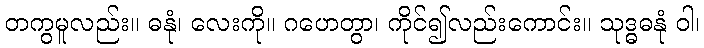
တကွမူလည်း။ ဓနုံ၊ လေးကို။ ဂဟေတွာ၊ ကိုင်၍လည်းကောင်း။ သုဒ္ဓဓနုံ ဝါ၊